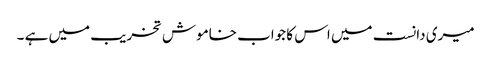
میری دانست میں اس کا جواب خاموش تخریب میں ہے ۔